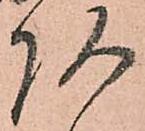
頭